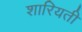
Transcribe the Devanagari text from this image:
शारियती